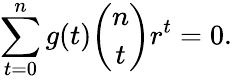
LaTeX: \sum_{t=0}^{n}g(t){\binom{n}{t}}r^{t}=0.